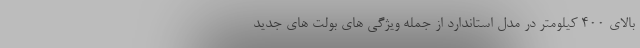
بالای 400 کیلومتر در مدل استاندارد از جمله ویژگی های بولت های جدید